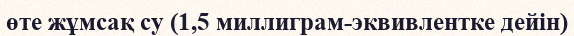
өте жұмсақ су (1,5 миллиграм-эквивлентке дейін)